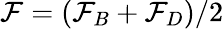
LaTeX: \mathcal{F}=(\mathcal{F}_{B}+\mathcal{F}_{D})/2